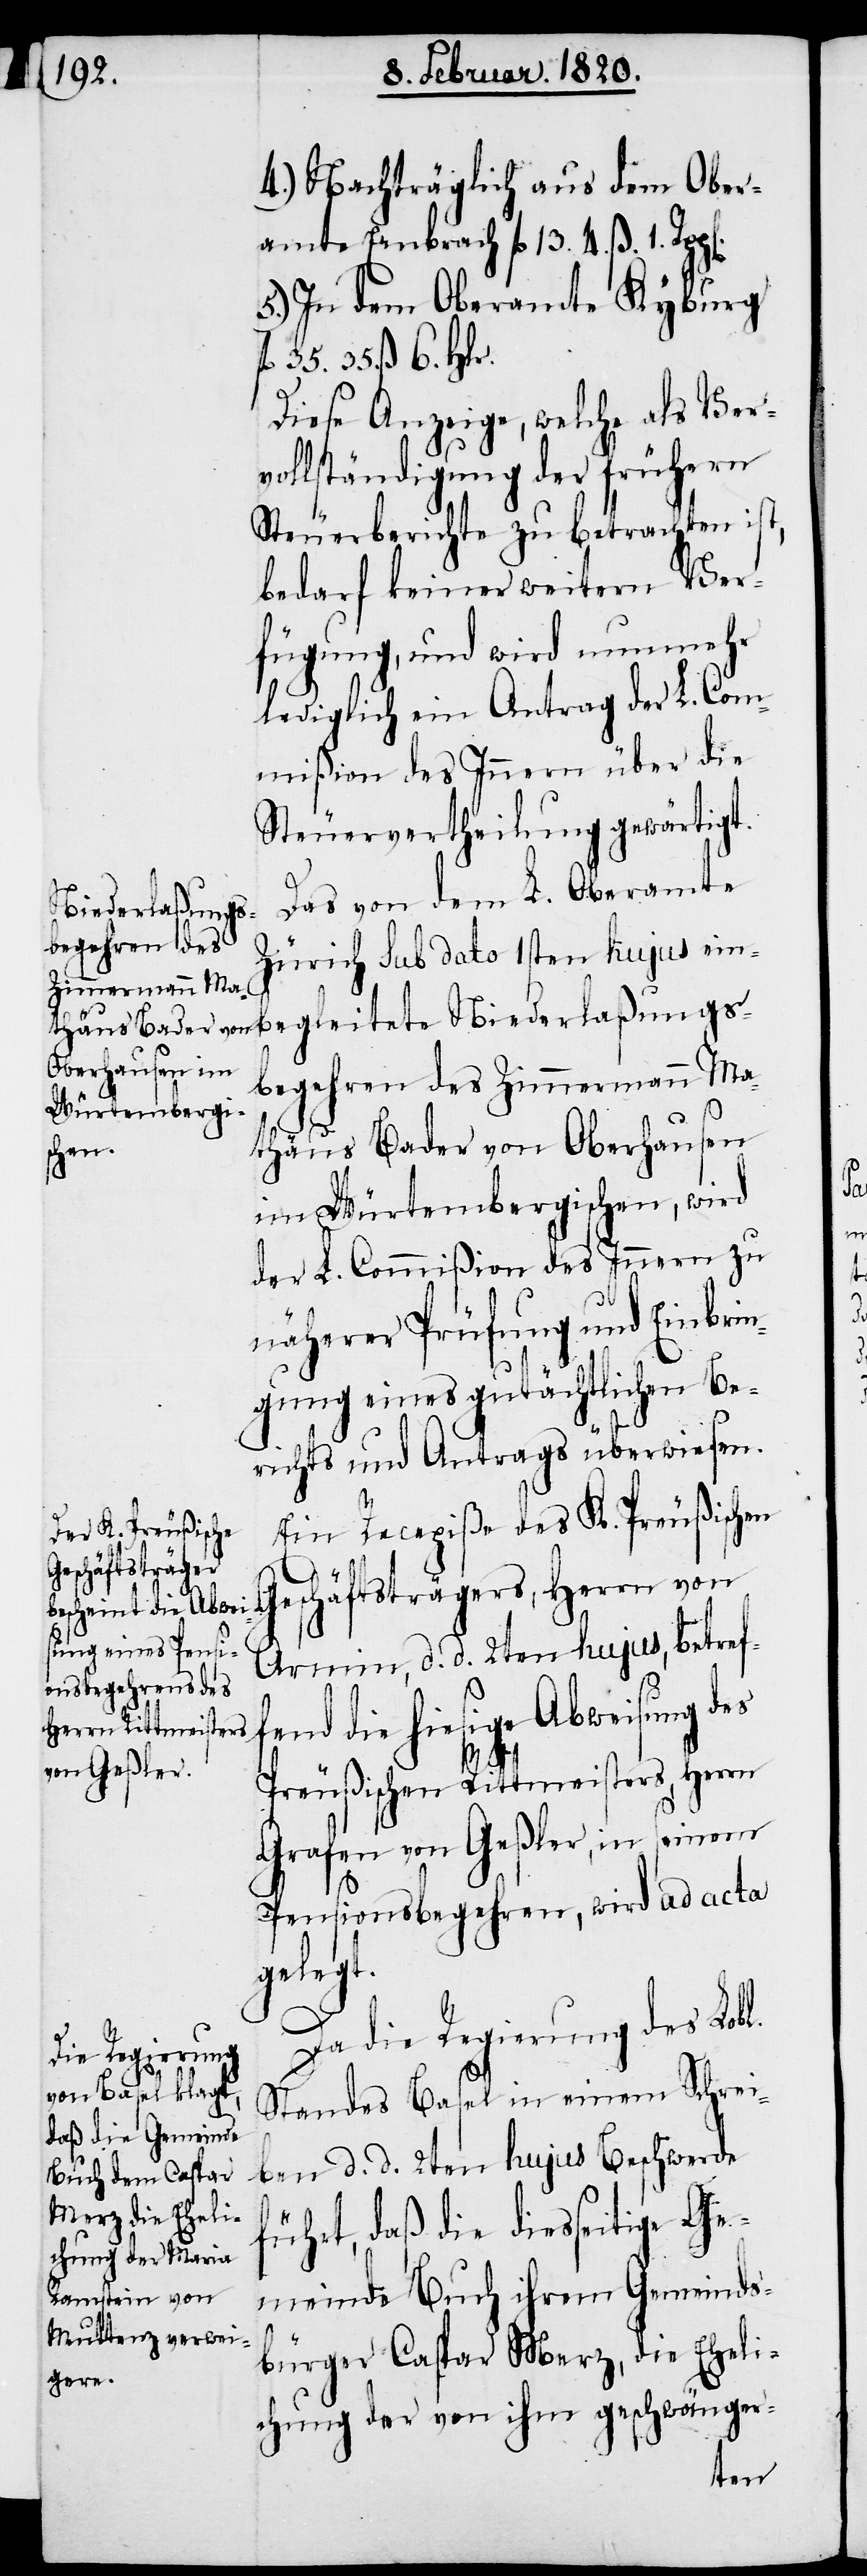
begehren des
Zimmermann Ma¬

4.) Nachträglich aus dem Ober¬
amte Embrach fl. 13. 4. ß 1. Rp¬
5.) In dem Oberamte Kyburg
35. 35. ß. 6. Hlr.
Diese Anzeige, welche als Ver¬
vollständigung der frühern
Steuerberichte zu betrachten ist,
bedarf keiner weitern Ver¬
fügung, und wird nunmehr
lediglich ein Antrag der L. Com¬
mißion des Innern über die
Steuervertheilung gewärtigt.
Das von dem L. Oberamte
Zürich sub dato 1sten hujus ein¬
begleitete Niederlaßungs¬
fl.
thäus Bader von Oberhausen
im Würtembergischen, wird
der L. Commißion des Innern zu
näherer Prüfung und Einbrin¬
gung eines gutächtlichen Be¬
richts und Antrags überwiesen.
Ein Recepiße des K. Preußischen
Geschäftsträgers, Herrn von
Armin, d. d. 2ten hujus, betref¬
die hiesige Abweisung des
Preußischen Rittmeisters, Herrn
Grafen von Geßler, in seinem
n].
Pensionsbegehren, wird ad acta
gelegt.
Da die Regierung des Lobl.
Standes Basel in einem Schrei¬
ben d. d. 2ten hujus Beschwerde
führt, daß die diesseitige Ge¬
meinde Buch ihrem Gemeinds¬
bürger Caspar Merz, die Eheli¬
chung der von ihm geschwänger-
fend